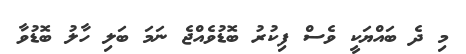
މި ދެ ބައްޔަކީ ވެސް ފިކުރު ބޮޑުވެއްޖެ ނަމަ ބަލި ހާލު ބޮޑުވާ